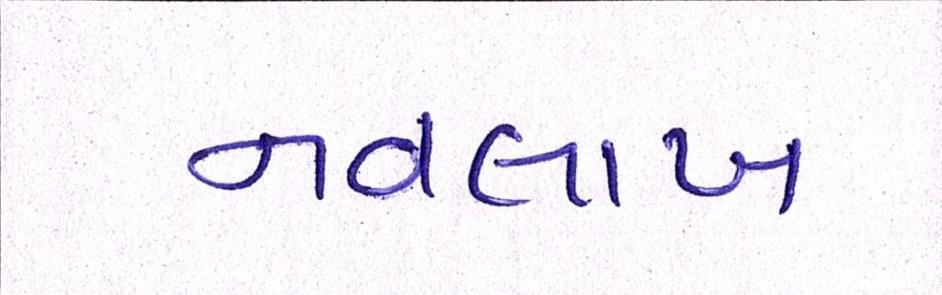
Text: નવલાખ